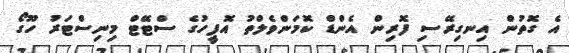
އެ ގޮތުން އިނގިރޭސި ފޮރިން އެންޑް ކޮމަންވެލްތު އޮފީހުގެ ސްޓޭޓް މިނިސްޓަރު ހޫގޯ